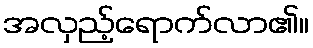
အလှည့်ရောက်လာ၏။